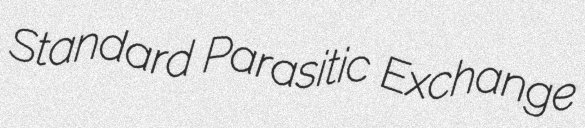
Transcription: Standard Parasitic Exchange